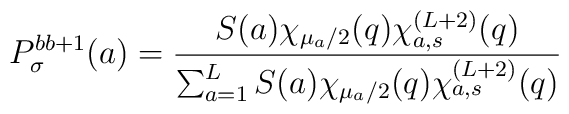
P^{bb+1}_\sigma(a)=\frac{S(a) \chi_{\mu_a/2}(q) \chi_{a,s}^{(L+2)}(q)}{\sum_{a=1}^L S(a) \chi_{\mu_a/2}(q) \chi_{a,s}^{(L+2)}(q)}